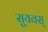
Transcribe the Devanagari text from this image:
सुयवस्